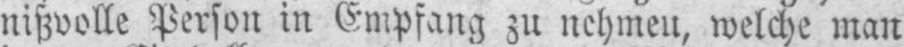
nißvolle Person in Empfang zu nehmen, welche man